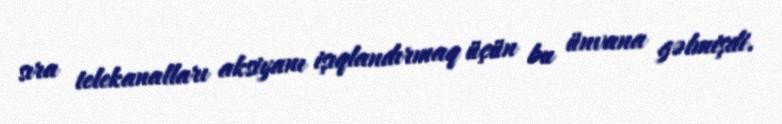
sıra telekanalları aksiyanı işıqlandırmaq üçün bu ünvana gəlmişdi.